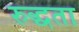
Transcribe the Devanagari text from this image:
रुद्धता